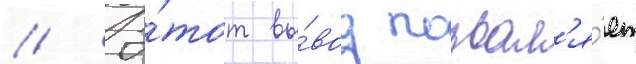
// Э́тот вы́вод позвол'я́ет